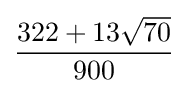
{\frac {322+13{\sqrt {70}}}{900}}